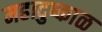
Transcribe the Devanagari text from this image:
महादुष्काळ